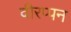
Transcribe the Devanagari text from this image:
वीरप्पन